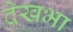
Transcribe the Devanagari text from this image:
देखभा